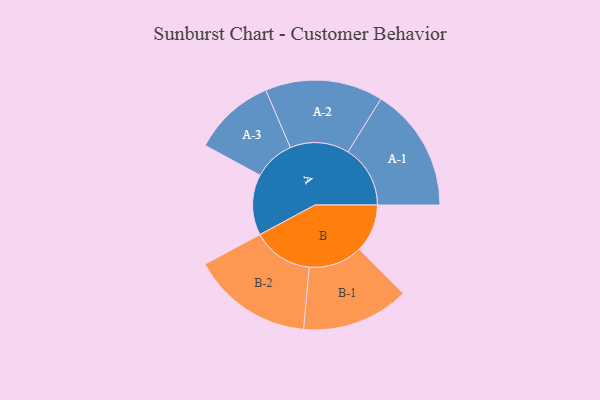
{"axis": {"x": "Segment", "y": "Value"}, "legend": ["", "A", "B"], "data": [{"x": "A", "y": 277, "type": ""}, {"x": "B", "y": 220, "type": ""}, {"x": "A-1", "y": 284, "type": "A"}, {"x": "A-2", "y": 269, "type": "A"}, {"x": "A-3", "y": 187, "type": "A"}, {"x": "B-1", "y": 245, "type": "B"}, {"x": "B-2", "y": 276, "type": "B"}]}